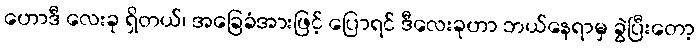
ဟောဒီ လေးခု ရှိတယ်၊ အခြေခံအားဖြင့် ပြောရင် ဒီလေးခုဟာ ဘယ်နေရာမှ ခွဲပြီးတော့